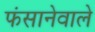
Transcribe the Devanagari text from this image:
फंसानेवाले